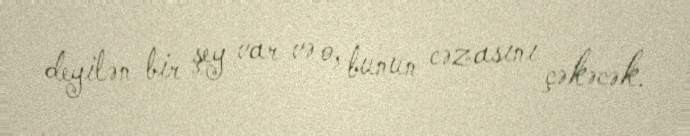
deyilən bir şey var və o, bunun cəzasını çəkəcək.